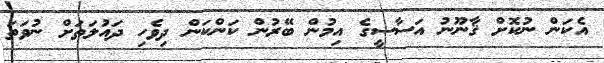
އެކަން ނުކޮށް ޤާނޫނު އަސާސީގެ އިމުން ބޭރުން ކަންކަން ދިވެހި ދައުލަތަށް ނުވަތަ